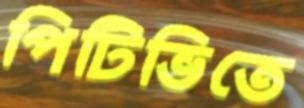
পিটিভিতে